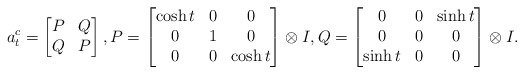
\begin{align*}a^c_t=\begin{bmatrix} P & Q \\ Q & P\end{bmatrix}, P=\begin{bmatrix}\cosh t & 0 & 0\\ 0 & 1 & 0\\ 0 & 0 & \cosh t\end{bmatrix}\otimes I,Q=\begin{bmatrix}0 & 0 & \sinh t\\ 0 & 0 & 0\\ \sinh t & 0 & 0\end{bmatrix}\otimes I.\end{align*}